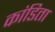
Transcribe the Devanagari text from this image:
कांडिता